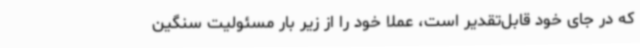
که در جای خود قابل‌تقدیر است، عملاً خود را از زیر بار مسئولیت سنگین